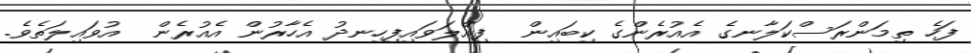
ފަހެ ތިމަންރަސްކަލާނގެ އެއުރެންގެ ކިބައިން  ފިއްލަވައިފިހިނދު އެހާރުން އެއުރެން  އުވައިލަތެވެ.